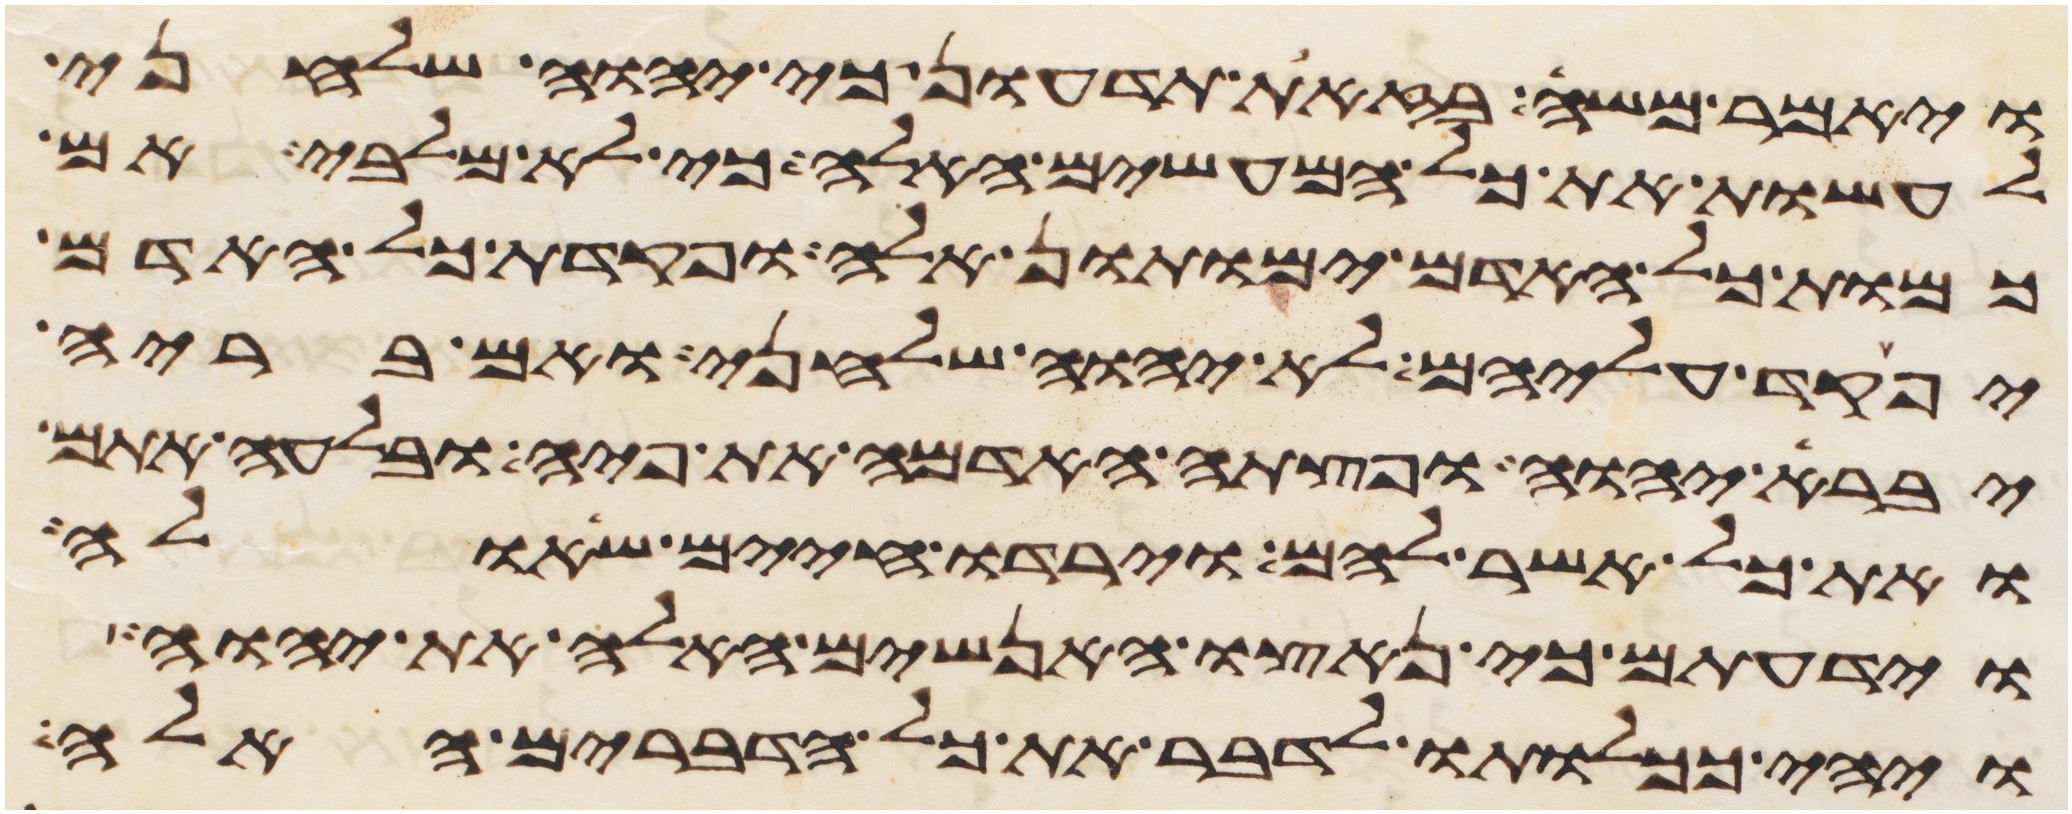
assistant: ויאמר משה בזאת תדעון כי יהוה שלחני
לעשות את כל המעשים האלה כי לא מלבי אם
כמות כל האדם ימותון אלה ופקדת כל האדם
יפקד עליהם לא יהוה שלחני ואם בריה
יברא יהוה ופצתה האדמה את פיה ובלעה אתם
ואת כל אשר להם וירדו חיים שאלה
וידעתם כי נאצו האנשים האלה את יהוה
ויהי ככלותו לדבר את כל הדברים האלה